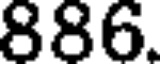
886.